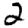
Digit: 2